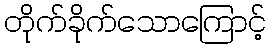
တိုက်ခိုက်သောကြောင့်